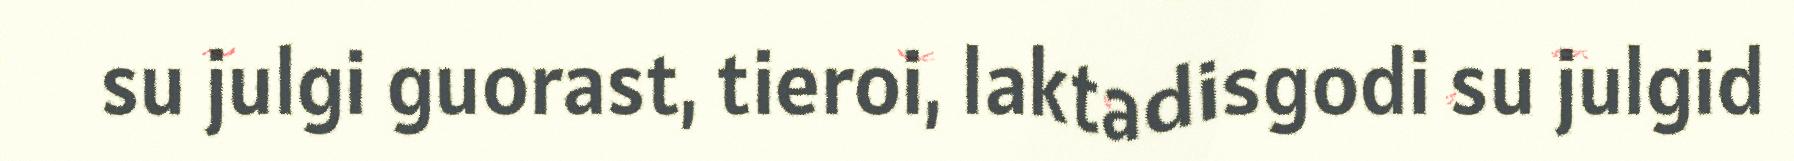
su julgi guorast, tieroi, laktadisgodi su julgid